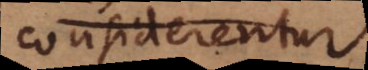
considerentur